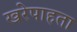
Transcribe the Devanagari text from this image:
खरेपाहता